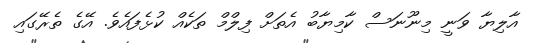
އާލިޔާ ވަނީ މިނޫނަސް ކާމިޔާބު އެތަށް ފިލްމް ތަކެއް ކުޅެފައެވެ. އޭގެ ތެރޭގައި